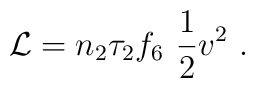
{\cal L} = n_2 \tau_2 f_6 \, \, \frac{1}{2} v^2 \ .